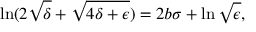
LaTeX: \ln ( 2 \sqrt { \delta } + \sqrt { 4 \delta + \epsilon } ) = 2 b \sigma + \ln \sqrt { \epsilon } ,